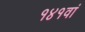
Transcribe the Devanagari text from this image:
१४१वां